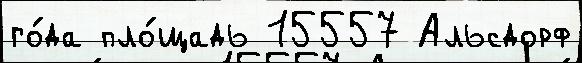
го́да пло́щадь 15557 Альсдорф